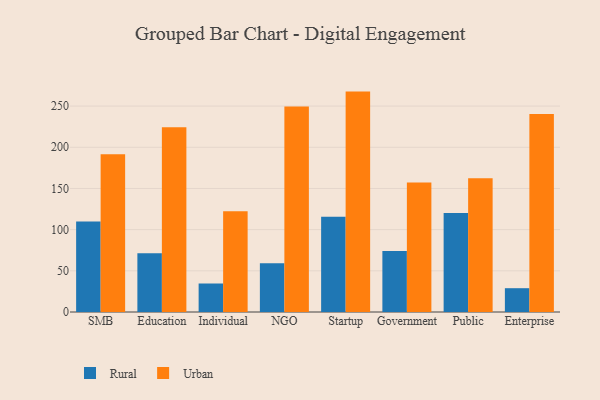
{"axis": {"x": "Segment", "y": "Customer Acquisition Cost (USD)"}, "legend": ["Rural", "Urban"], "data": [{"x": "SMB", "y": 110.0, "type": "Rural"}, {"x": "SMB", "y": 191.6, "type": "Urban"}, {"x": "Education", "y": 71.4, "type": "Rural"}, {"x": "Education", "y": 224.2, "type": "Urban"}, {"x": "Individual", "y": 34.6, "type": "Rural"}, {"x": "Individual", "y": 122.3, "type": "Urban"}, {"x": "NGO", "y": 59.1, "type": "Rural"}, {"x": "NGO", "y": 249.4, "type": "Urban"}, {"x": "Startup", "y": 115.5, "type": "Rural"}, {"x": "Startup", "y": 267.6, "type": "Urban"}, {"x": "Government", "y": 74.2, "type": "Rural"}, {"x": "Government", "y": 157.1, "type": "Urban"}, {"x": "Public", "y": 120.2, "type": "Rural"}, {"x": "Public", "y": 162.3, "type": "Urban"}, {"x": "Enterprise", "y": 28.9, "type": "Rural"}, {"x": "Enterprise", "y": 240.5, "type": "Urban"}]}